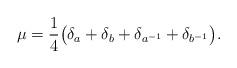
LaTeX: \begin{align*}\mu = \frac{1}{4}\big( \delta_a + \delta_b + \delta_{a^{-1}} + \delta_{b^{-1}} \big).\end{align*}